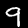
Digit: 9